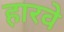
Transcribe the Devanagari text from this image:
हारवे